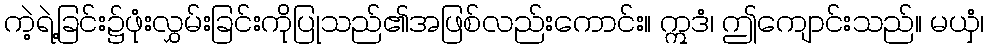
ကဲ့ရဲ့ခြင်း၌ဖုံးလွှမ်းခြင်းကိုပြုသည်၏အဖြစ်လည်းကောင်း။ ဣဒံ၊ ဤကျောင်းသည်။ မယှံ၊